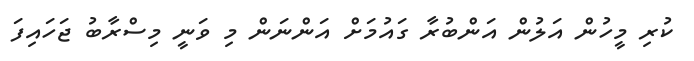
ކުރި މީހުން އަލުން އަންބުރާ ގައުމަށް އަންނަން މި ވަނީ މިސްރާބު ޖަހައިފަ